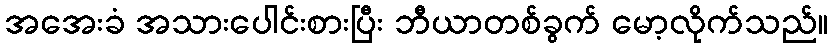
အအေးခံ အသားပေါင်းစားပြီး ဘီယာတစ်ခွက် မော့လိုက်သည်။